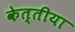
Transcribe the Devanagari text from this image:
केत्तीया